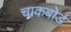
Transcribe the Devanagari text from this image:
चाकबोर्ड